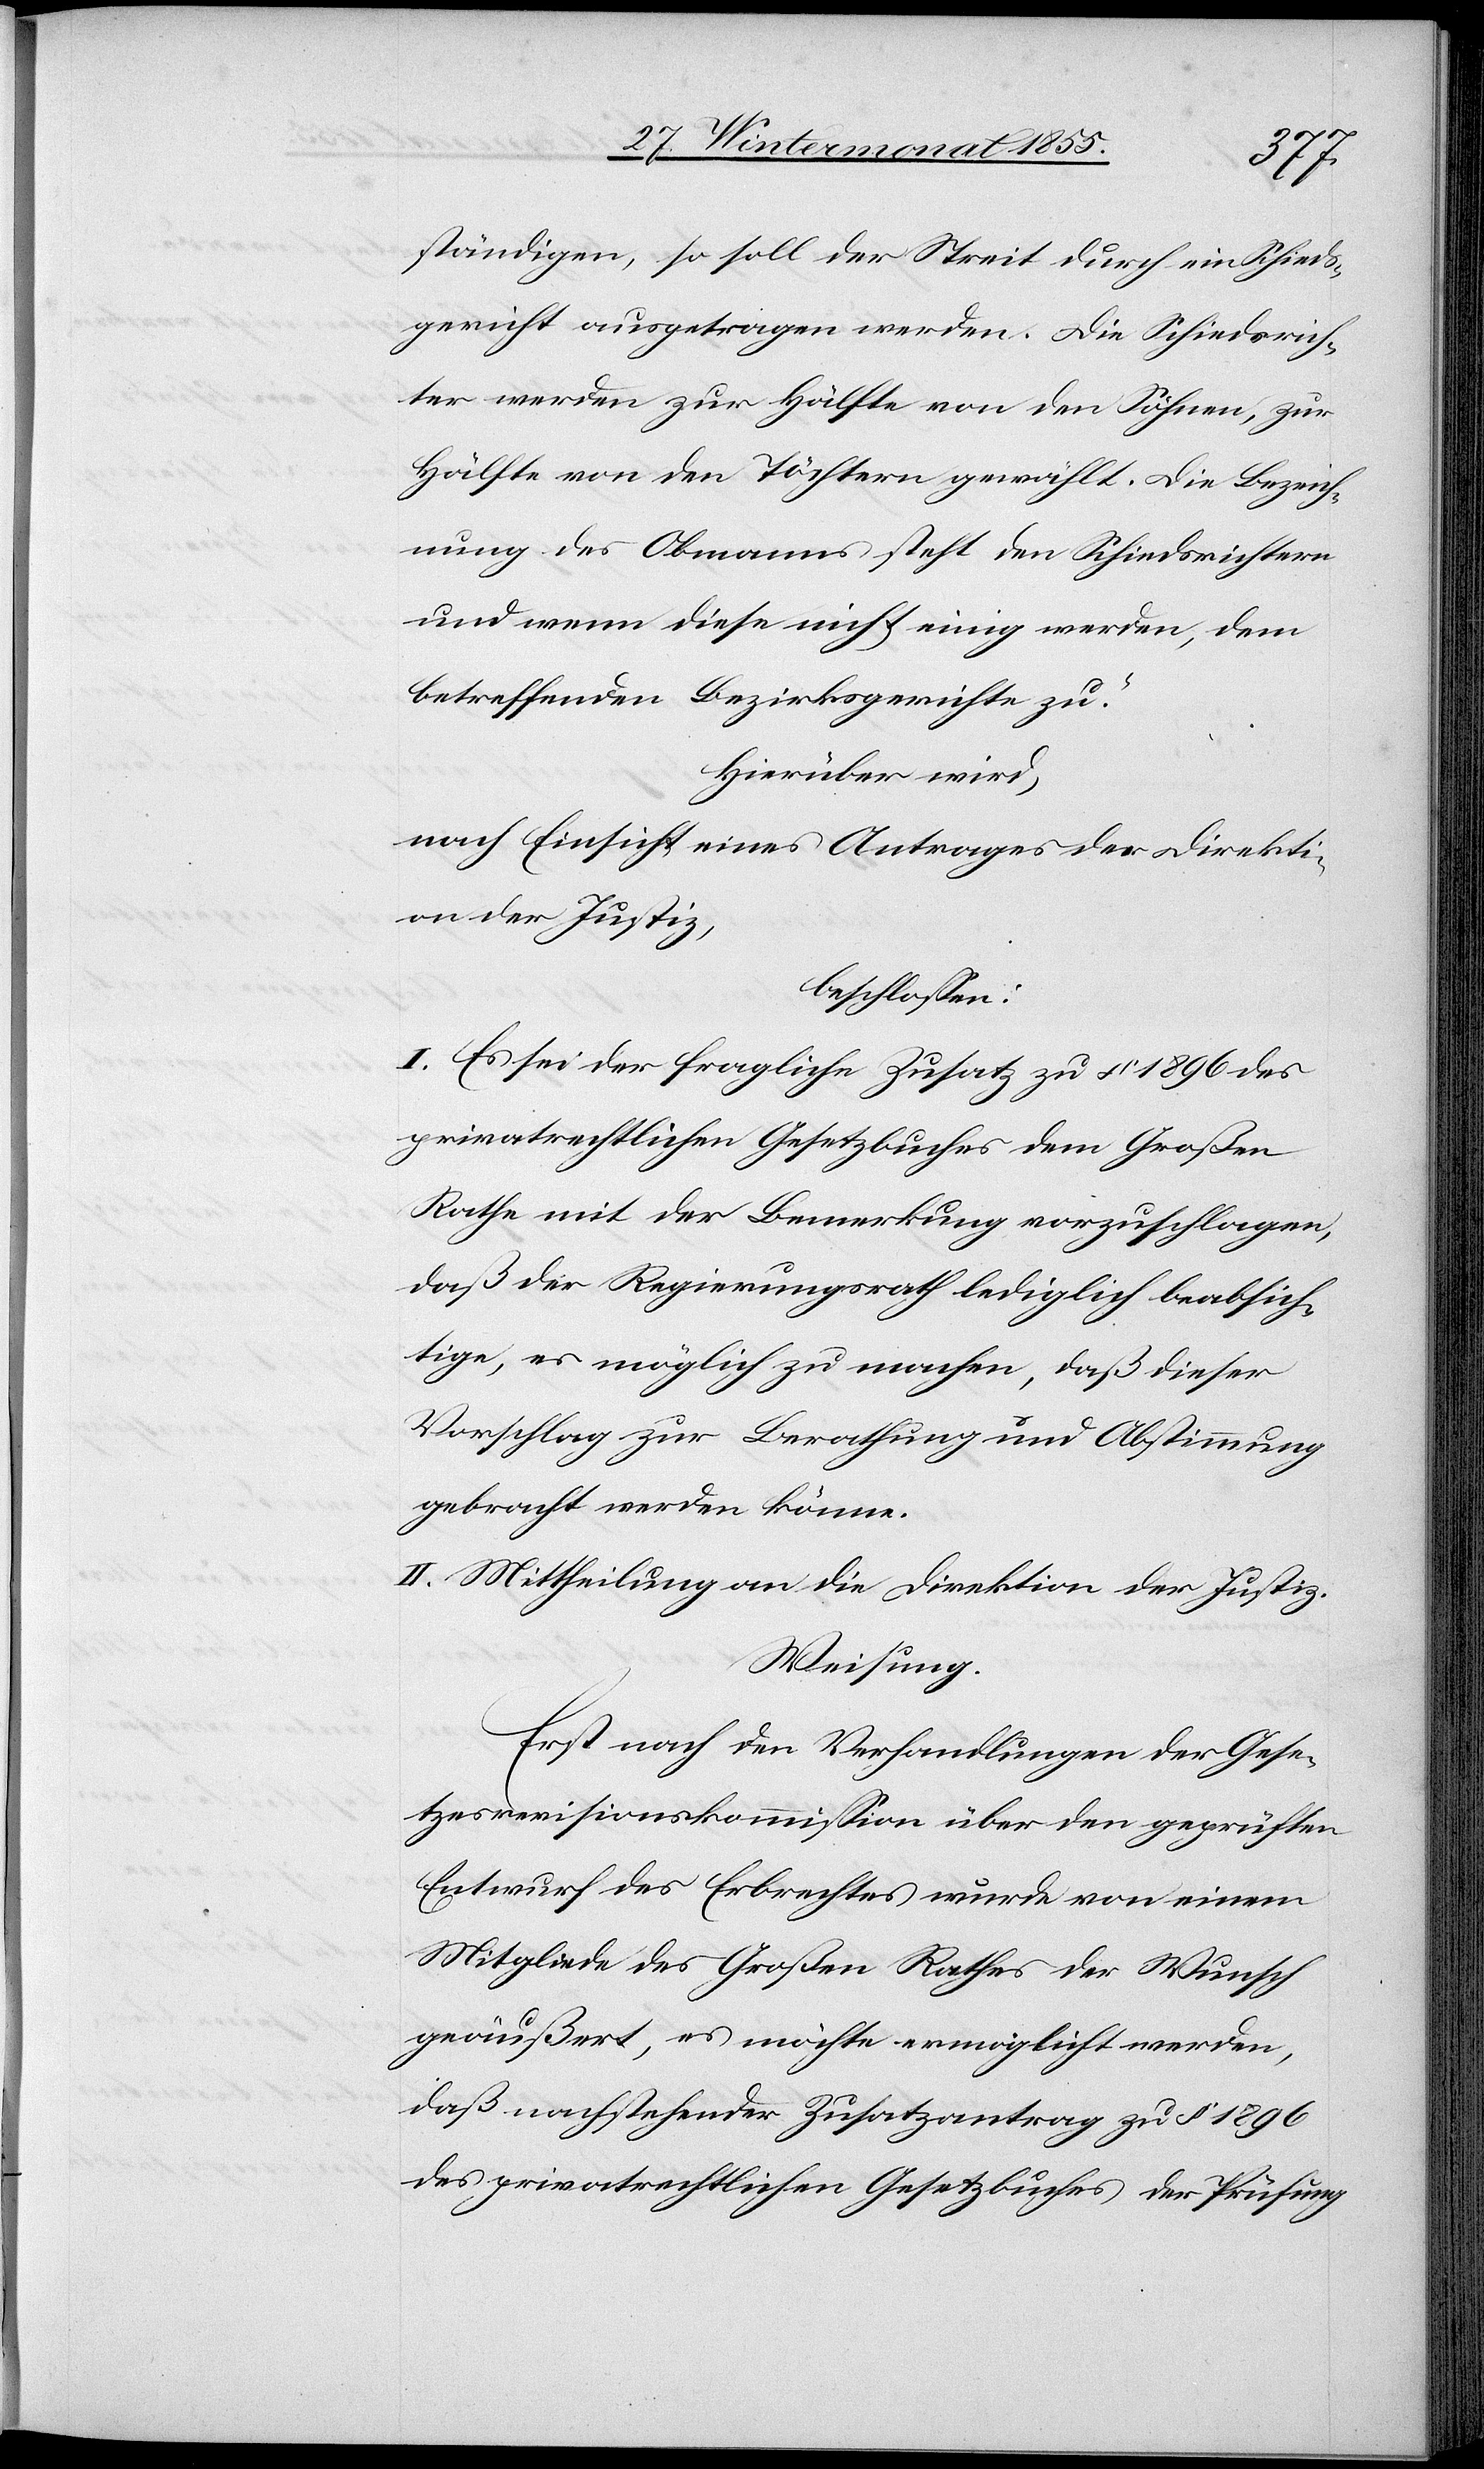
ständigen, so soll der Streit durch ein Schieds¬
gericht ausgetragen werden. Die Schiedsrich¬
ter werden zur Hälfte von den Söhnen, zur
Hälfte von den Töchtern gewählt. Die Bezeich¬
nung des Obmanns steht den Schiedsrichtern
und wenn diese nicht einig werden, dem
betreffenden Bezirksgerichte zu.“
Hierüber wird,
nach Einsicht eines Antrages der Direkti¬
on der Justiz,
beschlossen:
I. Es sei der fragliche Zusatz zu § 1896 des
privatrechtlichen Gesetzbuches dem Großen
Rathe mit der Bemerkung vorzuschlagen,
daß der Regierungsrath lediglich beabsich¬
tige, es möglich zu machen, daß dieser
Vorschlag zur Berathung und Abstimmung
gebracht werden könne.
II. Mittheilung an die Direktion der Justiz.
Weisung.
Erst nach den Verhandlungen der Gese¬
tzesrevisionskommission über den geprüften
Entwurf des Erbrechtes wurde von einem
Mitgliede des Großen Rathes der Wunsch
geäußert, es möchte ermöglicht werden,
daß nachstehender Zusatzantrag zu § 1896
des privatrechtlichen Gesetzbuches der Prüfung